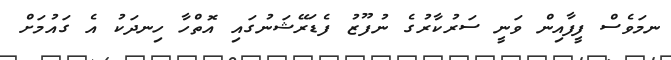
ނމަަވެސް ފީފާއިން ވަނީ ސަރުކާރުގެ ނުފޫޒު ފެޑަރޭޝަނުގައި އޮތްހާ ހިނދަކު އެ ގައުމަށް